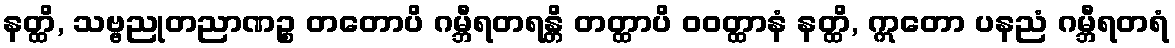
နတ္ထိ, သဗ္ဗညုတညာဏဉ္စ တတောပိ ဂမ္ဘီရတရန္တိ တတ္ထာပိ ဝဝတ္ထာနံ နတ္ထိ, ဣတော ပနညံ ဂမ္ဘီရတရံ